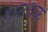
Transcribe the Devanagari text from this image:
शुद्धक